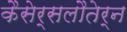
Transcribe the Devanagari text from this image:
कैसेर्सलौतेर्न